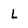
Character: L